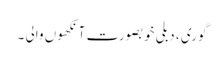
گوری ، دبلی خوبصورت آنکھوں والی ۔